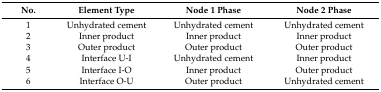
| No. | Element Type | Node 1 Phase | Node 2 Phase |
 | --- | --- | --- | --- |
 | 1 | Unhydrated cement | Unhydrated cement | Unhydrated cement |
 | 2 | Inner product | Inner product | Inner product |
 | 3 | Outer product | Outer product | Outer product |
 | 4 | Interface U-I | Unhydrated cement | Inner product |
 | 5 | Interface I-O | Inner product | Outer product |
 | 6 | Interface O-U | Outer product | Unhydrated cement |